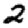
Digit: 2